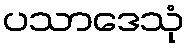
ပသာဒေသုံ